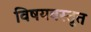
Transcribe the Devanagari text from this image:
विषयवस्तूत